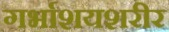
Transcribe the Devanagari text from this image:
गर्भाशयशरीर